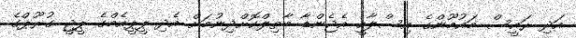
އަދި ރައީސް މައުމޫންގެ އިސްލާހީ އެޖެންޑާ ބާތިލްކޮށްދިނުމަށް އެދި ޕީޕީއެމްގެ ޕީޖީ ގުރޫޕްގެ